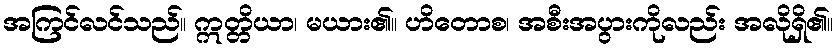
အကြင်လင်သည်။ ဣတ္တိယာ၊ မယား၏။ ဟိတောစ၊ အစီးအပွားကိုလည်း အလိုရှိ၏။